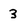
Character: 3